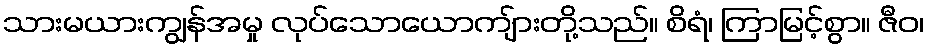
သားမယားကျွန်အမှု လုပ်သောယောကျ်ားတို့သည်။ စိရံ၊ ကြာမြင့်စွာ။ ဇီဝ၊